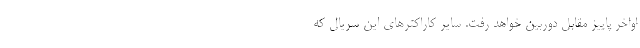
اواخر پاییز مقابل دوربین خواهد رفت. سایر کاراکتر‌های این سریال که